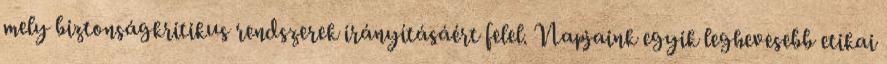
mely biztonságkritikus rendszerek irányításáért felel. Napjaink egyik leghevesebb etikai